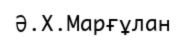
Ә.Х.Марғұлан